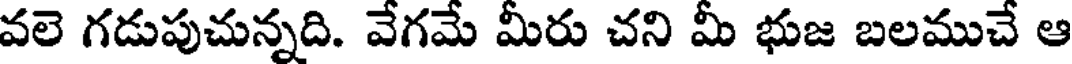
వలె గడుపుచున్నది. వేగమే మీరు చని మీ భుజ బలముచే ఆ